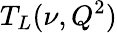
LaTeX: T_{L}(\nu,Q^{2})